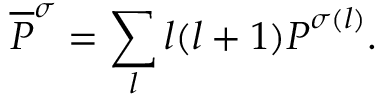
\overline { { \boldsymbol { P } } } ^ { \sigma } = \sum _ { l } l ( l + 1 ) \boldsymbol { P } ^ { \sigma ( l ) } .